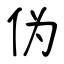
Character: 伪